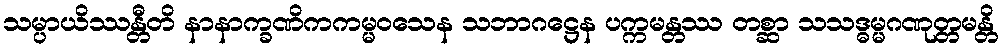
သမ္ပာယိဿန္တီတိ နာနာက္ခဏိကကမ္မဝသေန သဘာဂဋ္ဌေန ပက္ကမန္တဿ တစ္ဆာ သသဒ္ဓမ္မဂဏုတ္တမန္တိ